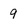
Character: 9